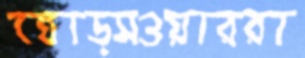
ঘোড়সওয়াররা